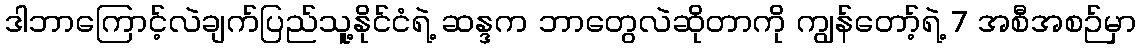
ဒါဘာကြောင့်လဲချက်ပြည်သူ့နိုင်ငံရဲ့ ဆန္ဒက ဘာတွေလဲဆိုတာကို ကျွန်တော့်ရဲ့ 7 အစီအစဉ်မှာ